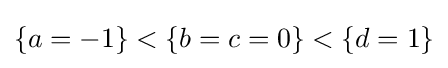
\{a=-1\}<\{b=c=0\}<\{d=1\}